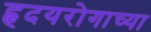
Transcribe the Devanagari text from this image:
हृदयरोगाच्या